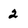
Character: 2